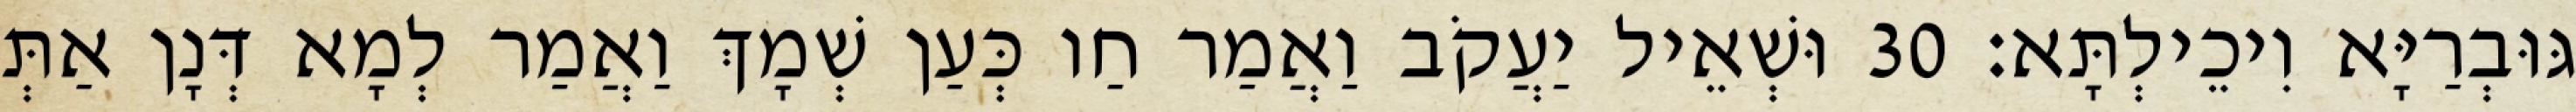
גּוּבְרַיָּא וִיכֵילְתָּא׃ 30 וּשְׁאֵיל יַעֲקֹב וַאֲמַר חַו כְּעַן שְׁמָךְ וַאֲמַר לְמָא דְּנָן אַתְּ